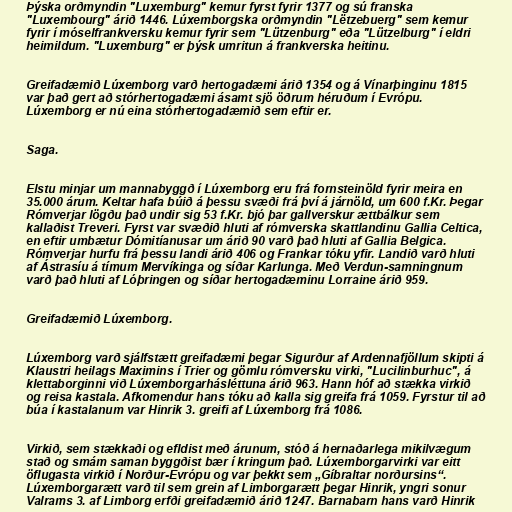
Þýska orðmyndin "Luxemburg" kemur fyrst fyrir 1377 og sú franska
"Luxembourg" árið 1446. Lúxemborgska orðmyndin "Lëtzebuerg" sem kemur
fyrir í móselfrankversku kemur fyrir sem "Lützenburg" eða "Lützelburg" í eldri
heimildum. "Luxemburg" er þýsk umritun á frankverska heitinu.

Greifadæmið Lúxemborg varð hertogadæmi árið 1354 og á Vínarþinginu 1815
var það gert að stórhertogadæmi ásamt sjö öðrum héruðum í Evrópu.
Lúxemborg er nú eina stórhertogadæmið sem eftir er.

Saga.

Elstu minjar um mannabyggð í Lúxemborg eru frá fornsteinöld fyrir meira en
35.000 árum. Keltar hafa búið á þessu svæði frá því á járnöld, um 600 f.Kr. Þegar
Rómverjar lögðu það undir sig 53 f.Kr. bjó þar gallverskur ættbálkur sem
kallaðist Treveri. Fyrst var svæðið hluti af rómverska skattlandinu Gallia Celtica,
en eftir umbætur Dómitíanusar um árið 90 varð það hluti af Gallia Belgica.
Rómverjar hurfu frá þessu landi árið 406 og Frankar tóku yfir. Landið varð hluti
af Ástrasíu á tímum Mervíkinga og síðar Karlunga. Með Verdun-samningnum
varð það hluti af Lóþringen og síðar hertogadæminu Lorraine árið 959.

Greifadæmið Lúxemborg.

Lúxemborg varð sjálfstætt greifadæmi þegar Sigurður af Ardennafjöllum skipti á
Klaustri heilags Maximins í Trier og gömlu rómversku virki, "Lucilinburhuc", á
klettaborginni við Lúxemborgarhásléttuna árið 963. Hann hóf að stækka virkið
og reisa kastala. Afkomendur hans tóku að kalla sig greifa frá 1059. Fyrstur til að
búa í kastalanum var Hinrik 3. greifi af Lúxemborg frá 1086.

Virkið, sem stækkaði og efldist með árunum, stóð á hernaðarlega mikilvægum
stað og smám saman byggðist bær í kringum það. Lúxemborgarvirki var eitt
öflugasta virkið í Norður-Evrópu og var þekkt sem „Gíbraltar norðursins“.
Lúxemborgarætt varð til sem grein af Limborgarætt þegar Hinrik, yngri sonur
Valrams 3. af Limborg erfði greifadæmið árið 1247. Barnabarn hans varð Hinrik